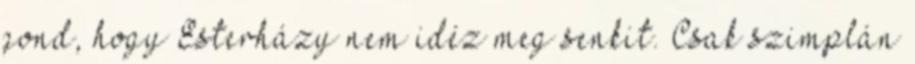
gond, hogy Esterházy nem idéz meg senkit. Csak szimplán